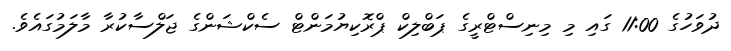
ދުވަހުގެ 11:00 ގައި މި މިނިސްޓްރީގެ ޕަބްލިކް ޕްރޮކިޔުމަންޓް ސެކްޝަންގެ ޖަލްސާކުރާ މާލަމުގައެވެ.